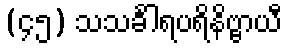
(၄၅) သသင်္ခါရပရိနိဗ္ဗာယီ